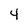
Character: 4